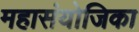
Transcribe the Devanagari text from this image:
महासंयोजिका